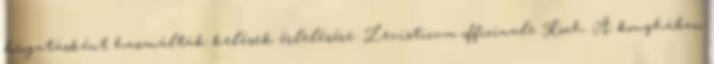
borogatásként használták kelések érlelésére. Levisticum officinale Koch. A konyhában